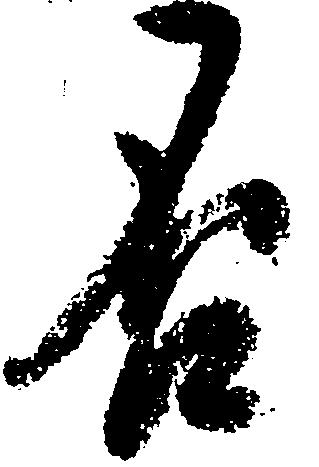
否